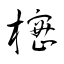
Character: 樒